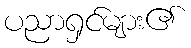
ပညာရှင်များ၏